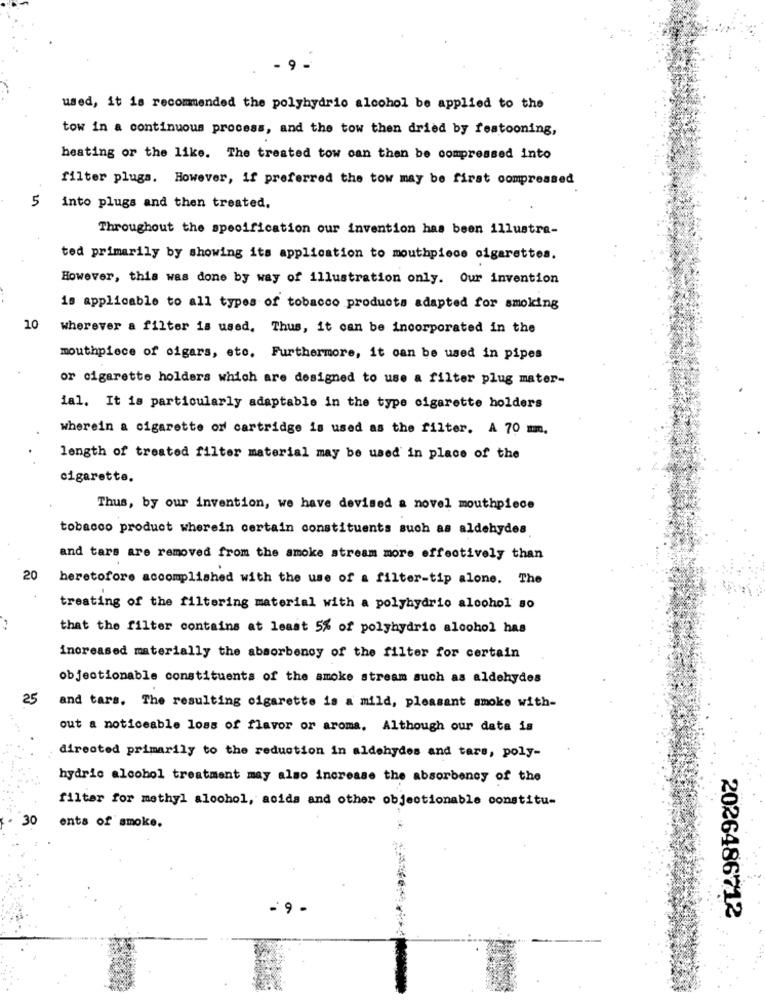
- 9-
used, it is recommended the polyhydrio alcohol be applied to the
tow in a continuous process, and the tow then dried by festooning,
heating or the like. The treated tow can then be compressed into
filter plugs. However, if preferred the tow may be first compressed
5 into plugs and then treated,
Throughout the specification our invention has been illustre-
ted primarily by showing its application to mouthpiece cigarettes.
However, this was done by way of illustration only. Our invention
is applicable to all types of tobacco products adapted for smoking
10
wherever a filter is used. Thus, it can be incorporated in the
mouthpiece of cigars, etc. Furthermore, it can be used in pipes
or cigarette holders which are designed to use a filter plug mater-
1al. It is particularly adaptable in the type cigarette holders
wherein a cigarette or cartridge is used as the filter. A 70 mm.
length of treated filter material may be used in place of the
cigarette.
Thus, by our invention, we have devised a novel mouthpiece
tobacco product wherein certain constituents such as aldehydes
and tars are removed from the smoke stream more effectively than
20
heretofore accomplished with the use of a filter-tip alone. The
treating of the filtering material with a polyhydrio alcohol 50
that the filter contains at least 5% of polyhydrio alcohol has
increased materially the absorbency of the filter for certain
objectionable constituents of the smoke stream such as aldehydes
25
and tars. The resulting cigarette is a mild, pleasant smoke with-
out a noticeable loss of flavor or aroma. Although our data is
directed primarily to the reduction in aldehydes and tars, poly-
hydric alcohol treatment may also increase the absorbency of the
filter for methyl alcohol, acids and other objectionable constitu-
30
ents of smoke.
- 9 -
2026486712